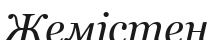
Жемістен